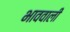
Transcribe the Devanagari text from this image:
भाववाली